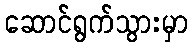
ဆောင်ရွက်သွားမှာ